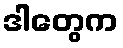
ဒါတွေက